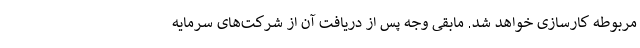
مربوطه کارسازی خواهد شد. مابقی وجه پس از دریافت آن از شرکت‌های سرمایه